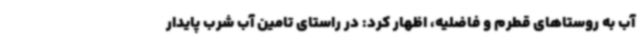
آب به روستاهای قطرم و فاضلیه، اظهار کرد: در راستای تامین آب شرب پایدار